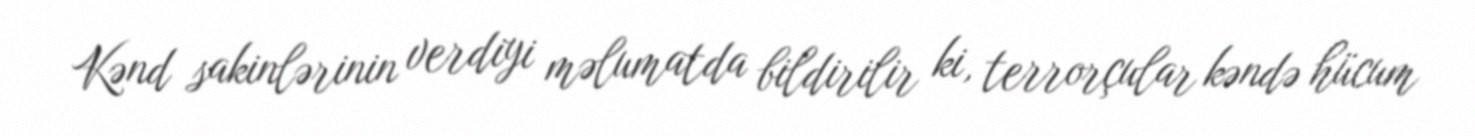
Kənd sakinlərinin verdiyi məlumatda bildirilir ki, terrorçular kəndə hücum